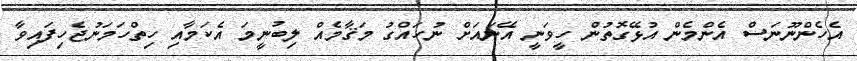
އެހެންނޫނަސް އެންމެން އުޅޭގޮތުން ހީވަނީ އޭނައަށް ނުހައްގު މަޤާމެއް ލިބުނީމަ އެކަމާއި ހިތްހަމަނުޖެހިފައިވާ